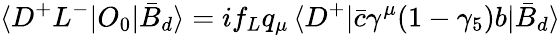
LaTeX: \langle D^{+}L^{-}|O_{0}|\bar{B}_{d}\rangle=if_{L}q_{\mu}\, \langle D^{+}|\bar{c}\gamma^{\mu}(1-\gamma_{5})b|\bar{B}_{d}\rangle